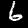
Digit: 6